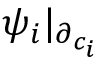
\psi _ { i } | _ { \partial _ { c _ { i } } }